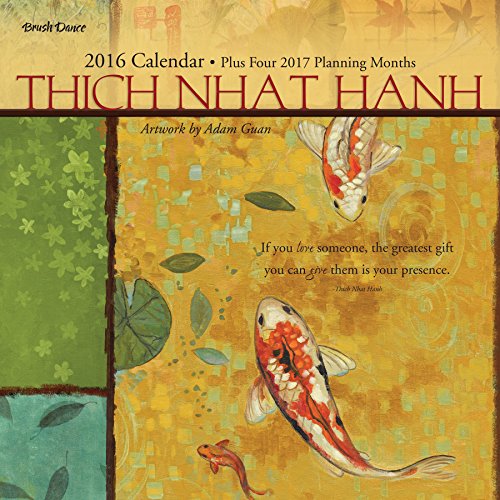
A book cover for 2016 Thich Nhat Hanh Wall Calendar; Brush Dance and Thich Nhat Hanh; Calendars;